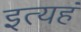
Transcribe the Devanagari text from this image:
इत्यहं